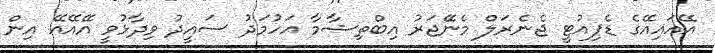
އޭއައިއޭގެ ޑެޕިއުޓީ ޖެނެރަލް މެނޭޖަރު އިބްތިޝާމާ އަހުމަދު ސައީދު ވިދާޅުވީ އޭއޭއޭ އިން